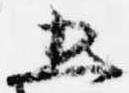
五